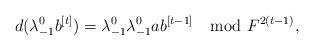
LaTeX: \begin{align*}d(\lambda^0_{-1}b^{[t]})=\lambda^0_{-1}\lambda^0_{-1}ab^{[t-1]}\mod F^{2(t-1)},\end{align*}